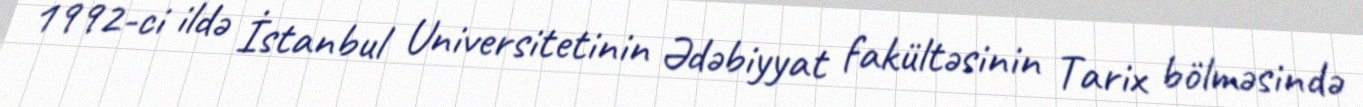
1992-ci ildə İstanbul Universitetinin Ədəbiyyat fakültəsinin Tarix bölməsində